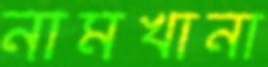
নামখানা